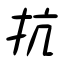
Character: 抗